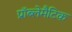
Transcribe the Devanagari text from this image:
प्रॉब्लेमैटिक